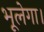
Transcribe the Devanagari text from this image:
भूलेगा।